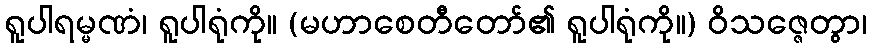
ရူပါရမ္မဏံ၊ ရူပါရုံကို။ (မဟာစေတီတော်၏ ရူပါရုံကို။) ဝိသဇ္ဇေတွာ၊